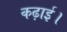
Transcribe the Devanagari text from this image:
कढ़ाई।